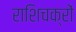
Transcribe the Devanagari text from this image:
राशिचक्रों